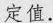
定值.